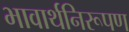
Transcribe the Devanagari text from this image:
भावार्थनिरूपण